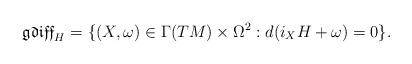
LaTeX: \begin{align*} \mathfrak{gdiff}_H=\{(X,\omega)\in \Gamma(TM)\times\Omega^2 : d(i_XH+\omega)=0\}.\end{align*}